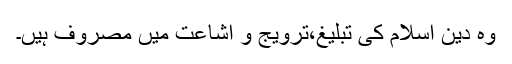
وہ دین اسلام کی تبلیغ،ترویج و اشاعت میں مصروف ہیں۔